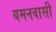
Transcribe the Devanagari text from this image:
यमनवासी